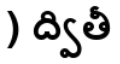
) ద్వితీ